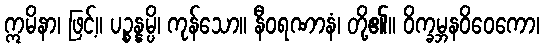
ဣမိနာ၊ ဖြင့်။ ပဉ္စန္နမ္ပိ၊ ကုန်သော။ နီဝရဏာနံ၊ တို့၏။ ဝိက္ခမ္ဘနဝိဝေကော၊